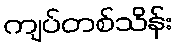
ကျပ်တစ်သိန်း